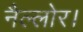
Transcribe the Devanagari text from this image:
नैल्‍लोर।